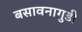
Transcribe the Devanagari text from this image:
बसावनागुडी